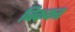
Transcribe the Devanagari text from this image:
बिककर